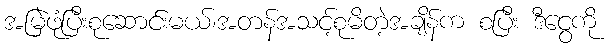
အမြဲဖုံပြီးစုဆောင်းမယ်၊အတန်အသင့်စုမိတဲ့အချိန်က စပြီး ဒီငွေကို